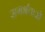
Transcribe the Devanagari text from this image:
सगर्भताओं